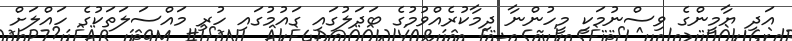
އަދި ޔާމީންގެ ވިސްނުމަކީ މީހުންނާ ދިމާކުރެއްވުމުގެ ބަދަލުގައި ގައުމުގައި ހުރި މައްސަލަތަކުގެ ހައްލަށް